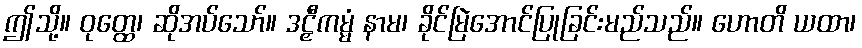
ဤသို့။ ဝုတ္ထေ၊ ဆိုအပ်သော်။ ဒဠှီကမ္မံ နာမ၊ ခိုင်မြဲအောင်ပြုခြင်းမည်သည်။ ဟောတိ ယထာ၊